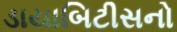
ડાયાબિટીસનો